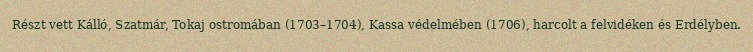
Részt vett Kálló, Szatmár, Tokaj ostromában (1703–1704), Kassa védelmében (1706), harcolt a felvidéken és Erdélyben.